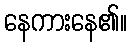
နေကားနေ၏။